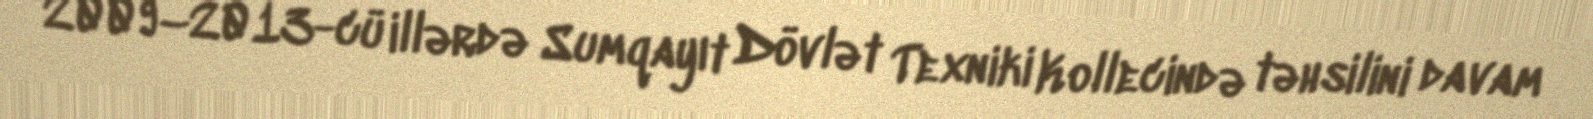
2009–2013-cü illərdə Sumqayıt Dövlət Texniki Kollecində təhsilini davam